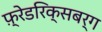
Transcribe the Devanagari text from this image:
फ़्रेडरिक्सबर्ग